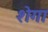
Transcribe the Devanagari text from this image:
शेगा